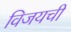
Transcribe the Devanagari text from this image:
विजयची